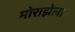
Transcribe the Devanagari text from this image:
मोराझेला